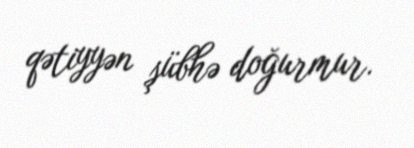
qətiyyən şübhə doğurmur.